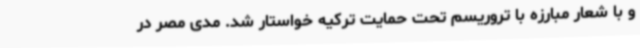
و با شعار مبارزه با تروریسم تحت حمایت ترکیه خواستار شد. مدی مصر در